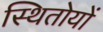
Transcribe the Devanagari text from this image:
स्थितोयों